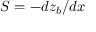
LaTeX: S = - d z _ { b } / d x